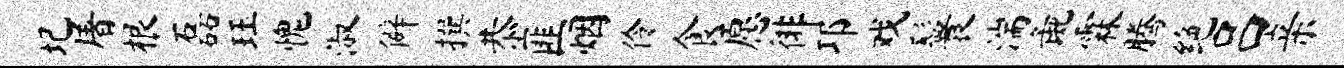
圮屠根磊珏愧淑僻撰恭匪烟伶食愿徘邛戏鬟湍彘霖腾绝吕亲